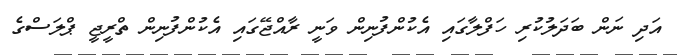
އަދި ނަން ބަދަލުކުރި ހަފްލާގައި އެކުންފުނިން ވަނީ ރާއްޖޭގައި އެކުންފުނިން ތްރީޖީ ޕްލަސްގެ